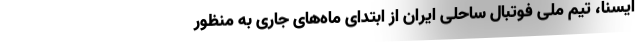
ایسنا، تیم ملی فوتبال ساحلی ایران از ابتدای ماه‌های جاری به منظور